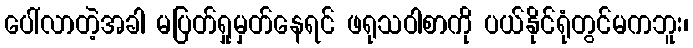
ပေါ်လာတဲ့အခါ မပြတ်ရှုမှတ်နေရင် ဖရုသဝါစာကို ပယ်နိုင်ရုံတွင်မကဘူး၊